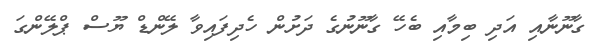
ގާނޫނާއި އަދި ބިމާއި ބެހޭ ގާނޫނުގެ ދަށުން ހެދިފައިވާ ލޭންޑް ޔޫސް ޕްލޭންގަ